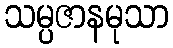
သမ္ပဇာနမုသာ